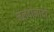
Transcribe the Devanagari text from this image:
मलदोनादो